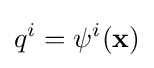
q^{i}=\psi ^{i}(\mathbf {x} )